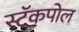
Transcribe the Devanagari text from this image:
स्टॅकपोल